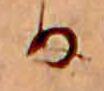
か